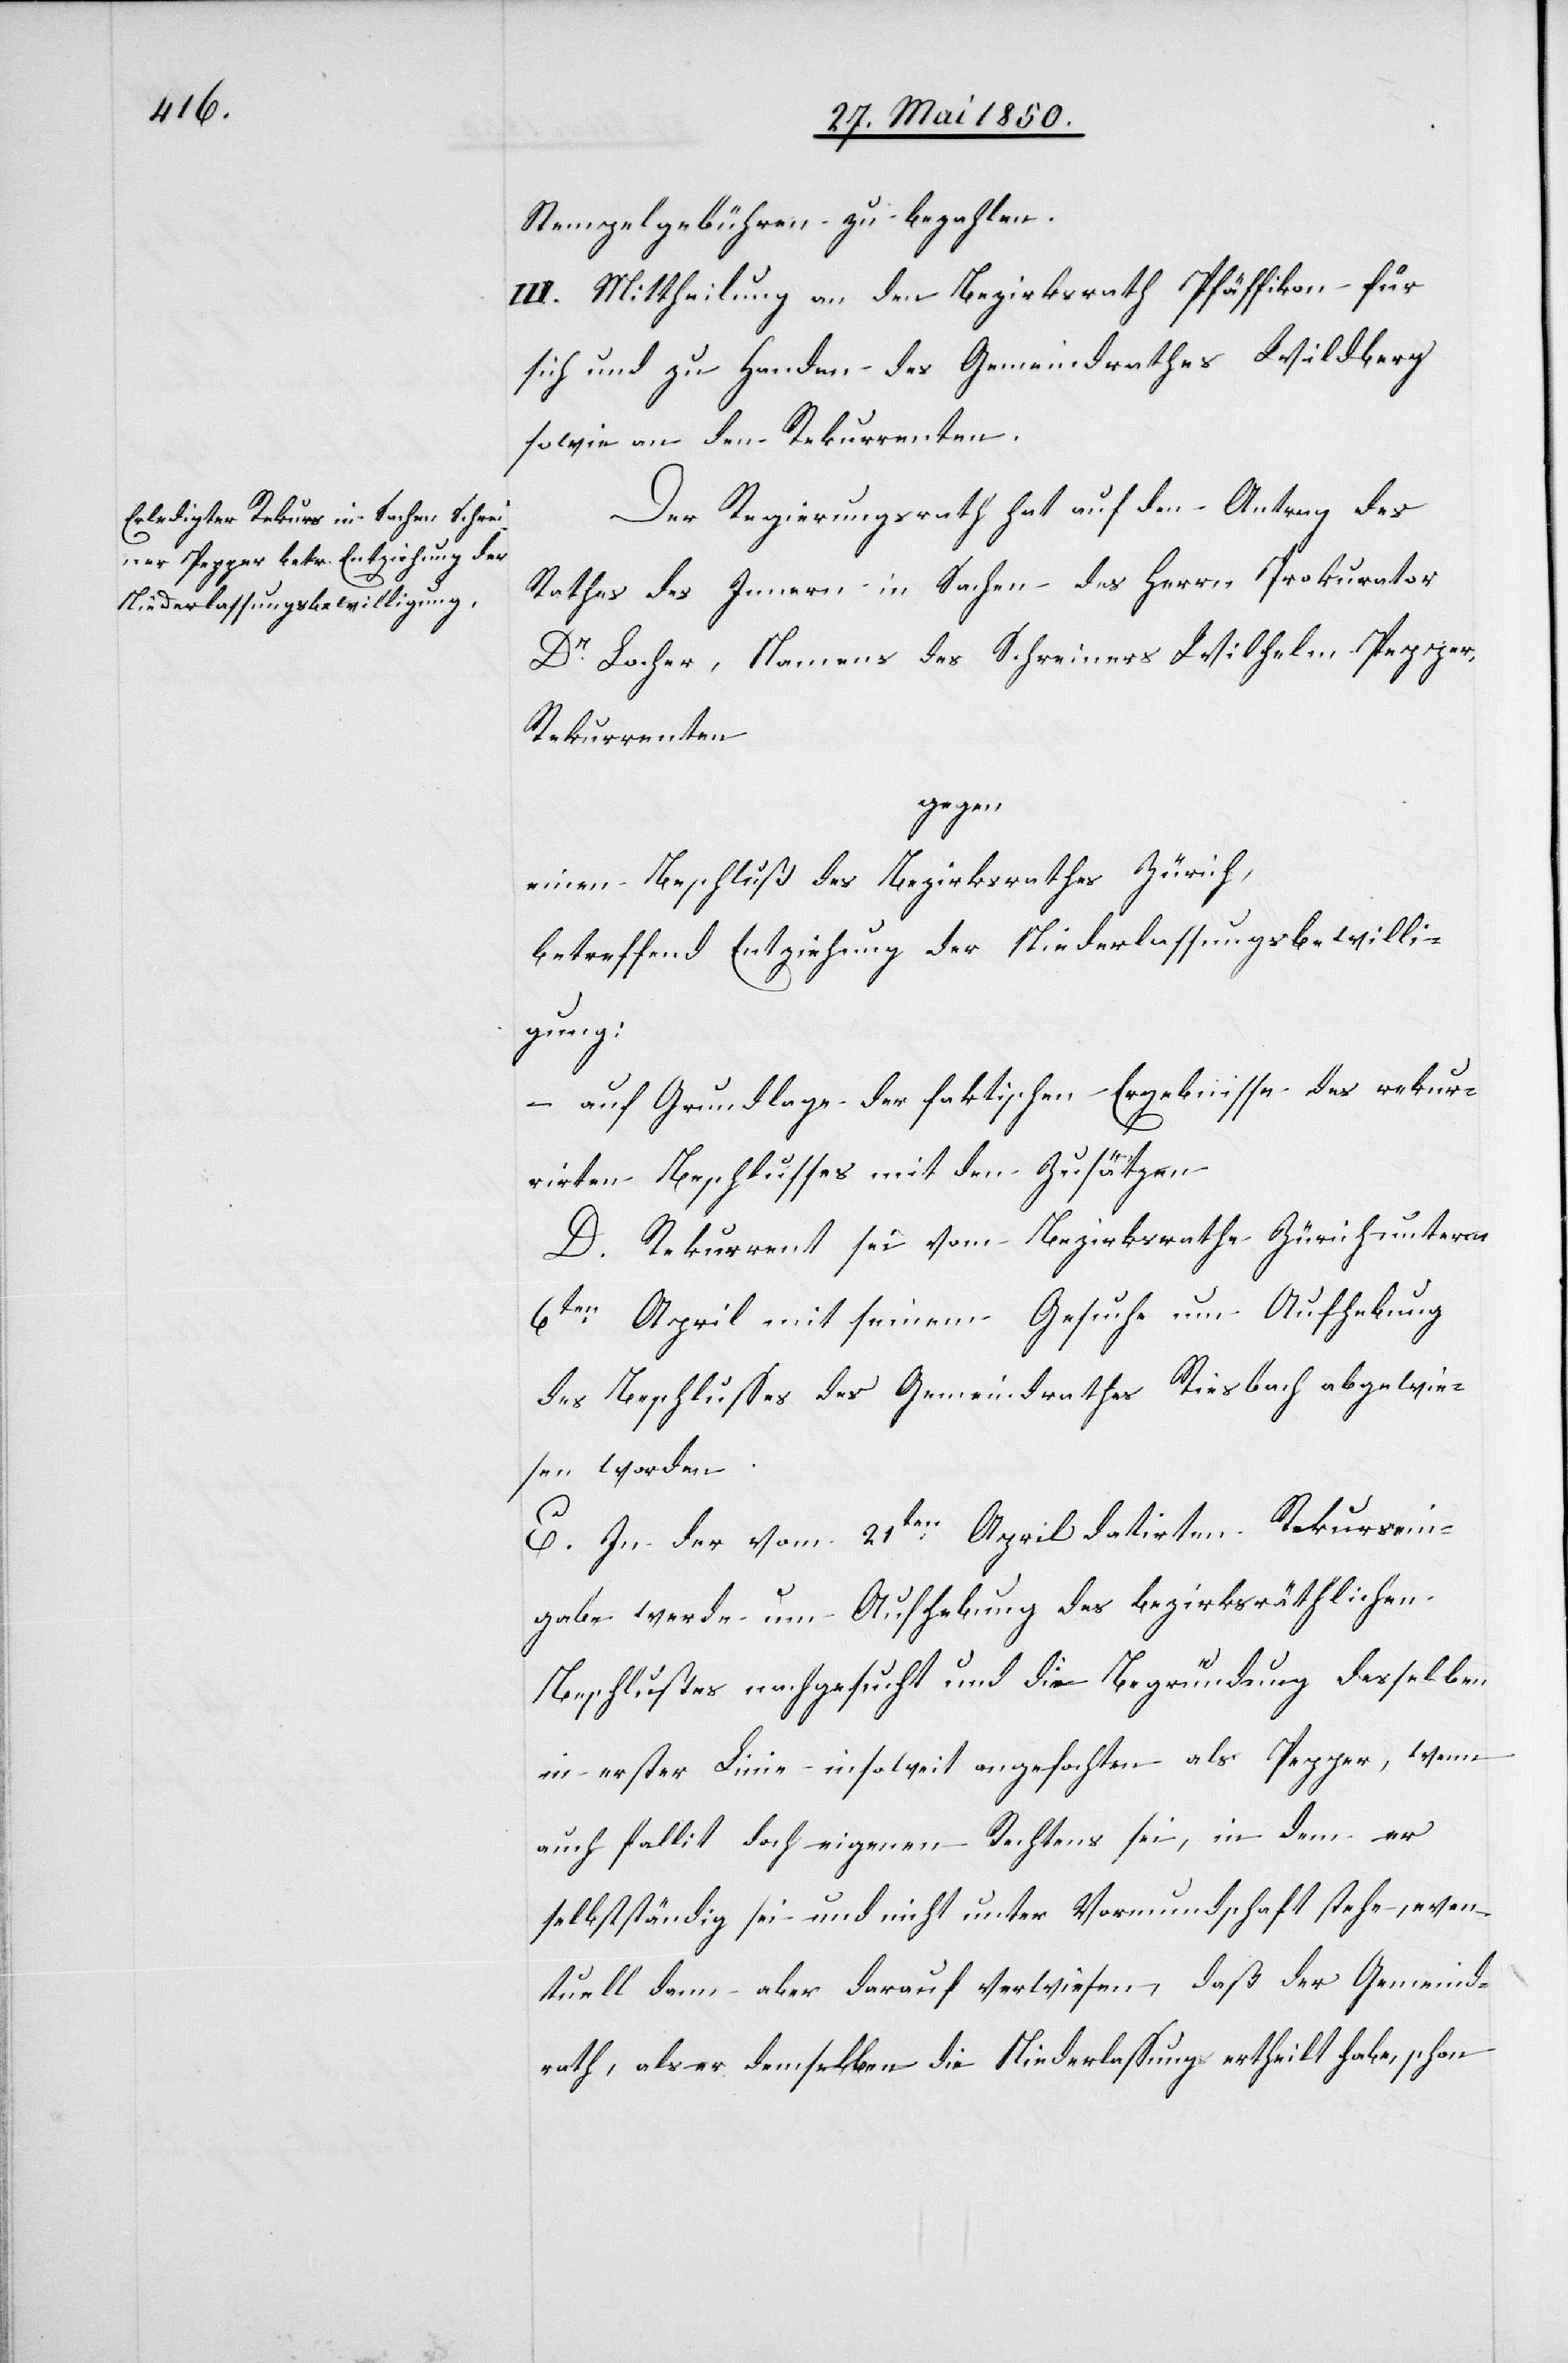
Stempelgebühren zu bezahlen.
III. Mittheilung an den Bezirksrath Pfäffikon für
sich und zu Handen des Gemeindrathes Wildberg
sowie an den Rekurrenten.
Der Regierungsrath hat auf den Antrag des
Rathes des Innern in Sachen des Herrn Prokurator
Dr Locher, Namens des Schreiners Wilhelm Pepper,
Rekurrenten
gegen
einen Beschluß des Bezirksrathes Zürich,
betreffend Entziehung der Niederlassungsbewilli¬
gung:
– auf Grundlage der faktischen Ergebnisse des rekur¬
rirten Beschlusses mit den Zusätzen
D. Rekurrent sei vom Bezirksrathe Zürich unterm
6ten April mit seinem Gesuche um Aufhebung
des Beschlusses des Gemeindrathes Riesbach abgewie¬
sen worden.
E. In der vom 21ten April datirten Rekursein¬
gabe werde um Aufhebung des bezirksräthlichen
Beschlußes nachgesucht und die Begründung desselben
in erster Linie insoweit angefochten als Pepper, wenn
auch fallit doch eigenen Rechtens sei, in dem er
selbstständig sei und nicht unter Vormundschaft stehe, even¬
tuell dann aber darauf verwiesen, daß der Gemeind¬
rath, als er demselben die Niederlassung ertheilt habe, schon